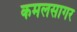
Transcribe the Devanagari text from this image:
कमलसागर